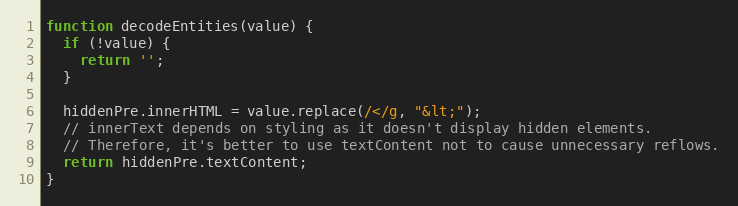
Language: JavaScript
function decodeEntities(value) {
  if (!value) {
    return '';
  }

  hiddenPre.innerHTML = value.replace(/</g, "&lt;");
  // innerText depends on styling as it doesn't display hidden elements.
  // Therefore, it's better to use textContent not to cause unnecessary reflows.
  return hiddenPre.textContent;
}